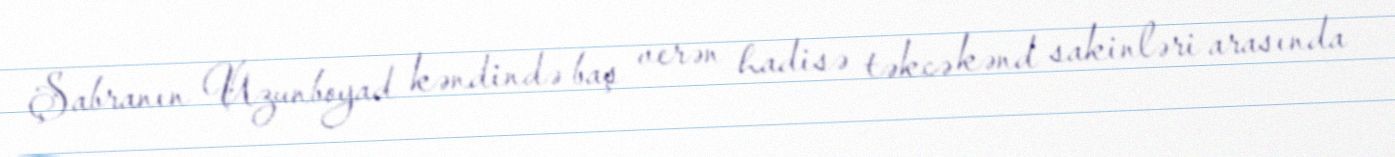
Şabranın Uzunboyad kəndində baş verən hadisə təkcə kənd sakinləri arasında